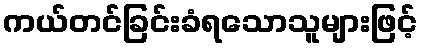
ကယ်တင်ခြင်းခံရသောသူများဖြင့်